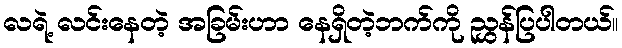
လရဲ့ လင်းနေတဲ့ အခြမ်းဟာ နေရှိတဲ့ဘက်ကို ညွှန်ပြပါတယ်။